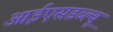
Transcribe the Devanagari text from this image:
आईएसडब्ल्यू